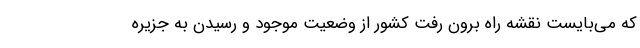
که می‌بایست نقشه راه برون رفت کشور از وضعیت موجود و رسیدن به جزیره